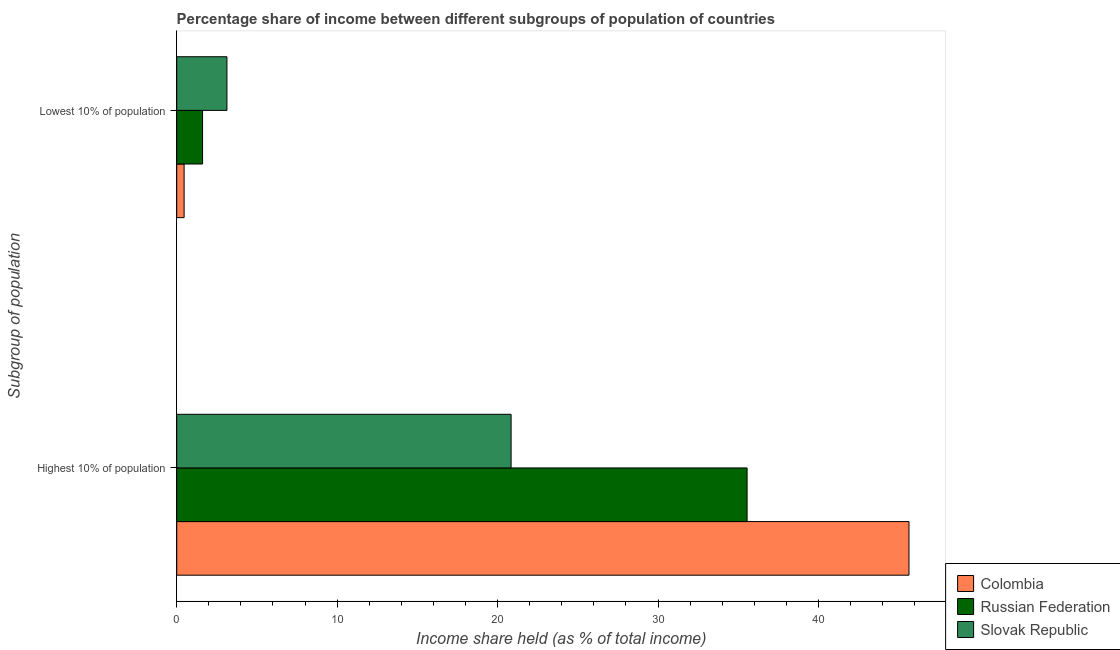
| Subgroup of population | Colombia | Russian Federation | Slovak Republic |
 | --- | --- | --- | --- |
 | Highest 10% of population | 45.6 | 35.5 | 20.8 |
 | Lowest 10% of population | 0.46 | 1.61 | 3.13 |